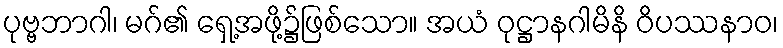
ပုဗ္ဗဘာဂါ၊ မဂ်၏ ရှေ့အဖို့၌ဖြစ်သော။ အယံ ဝုဋ္ဌာနဂါမိနိ ဝိပဿနာဝ၊